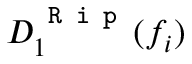
D _ { 1 } ^ { \texttt { R i p } } ( f _ { i } )